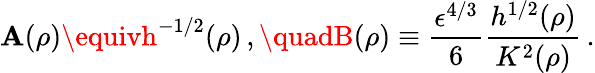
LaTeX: \mathbf{A}(\rho)\equivh^{-1/2}(\rho)\, ,\quadB(\rho)\equiv\frac{{\epsilon^{4/3}}}{{6}}\frac{{h^{1/2}(\rho)}}{{K^{2}(\rho)}}\, .